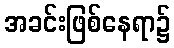
အခင်းဖြစ်နေရာ၌